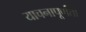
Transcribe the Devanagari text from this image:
याचनापूर्णता